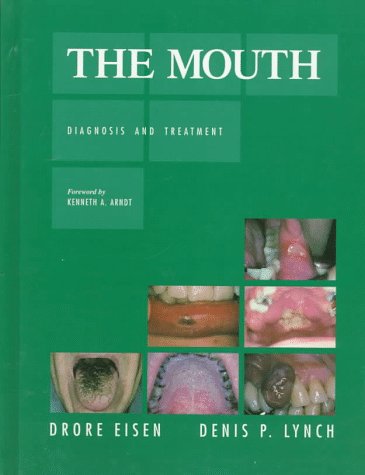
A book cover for The Mouth: Diagnosis and Treatment; Drore Eisen DDS  MD; Medical Books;